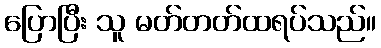
ပြောပြီး သူ မတ်တတ်ထရပ်သည်။